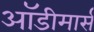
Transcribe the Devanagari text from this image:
ऑडीमार्स